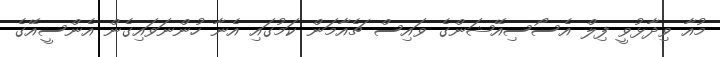
މުއާ ވިދާޅުވީ ފިލް އެސޯސިއޭޝަންގެ ވައިސް ޗެއާމަން ކަމުގައި އެނާ ހުންނަވައިގެން އެންސީއޭގެ